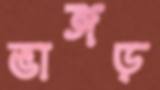
ভাঙ্গড়